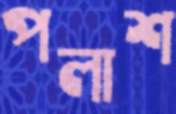
পলাশ